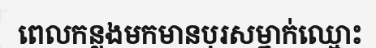
ពេលកន្លងមកមានបុរសម្នាក់ឈ្មោះ